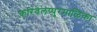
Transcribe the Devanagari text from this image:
करिवेलप्पुरमाळिका